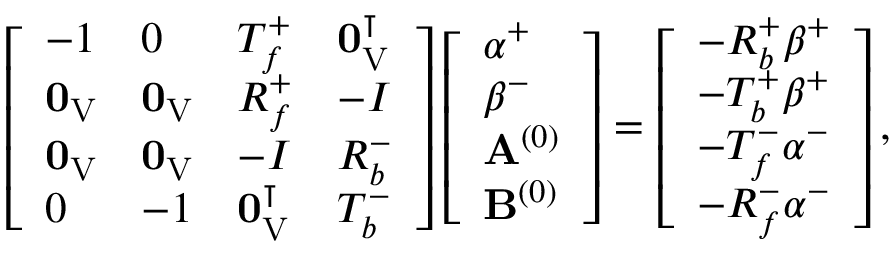
\left[ \begin{array} { l l l l } { - 1 } & { 0 } & { T _ { f } ^ { + } } & { \mathbf { 0 } _ { \mathrm { V } } ^ { \intercal } } \\ { \mathbf { 0 } _ { \mathrm { V } } } & { \mathbf { 0 } _ { \mathrm { V } } } & { R _ { f } ^ { + } } & { - I } \\ { \mathbf { 0 } _ { \mathrm { V } } } & { \mathbf { 0 } _ { \mathrm { V } } } & { - I } & { R _ { b } ^ { - } } \\ { 0 } & { - 1 } & { \mathbf { 0 } _ { \mathrm { V } } ^ { \intercal } } & { T _ { b } ^ { - } } \end{array} \right] \left[ \begin{array} { l } { \alpha ^ { + } } \\ { \beta ^ { - } } \\ { \mathbf { A } ^ { ( 0 ) } } \\ { \mathbf { B } ^ { ( 0 ) } } \end{array} \right] = \left[ \begin{array} { l } { - R _ { b } ^ { + } \beta ^ { + } } \\ { - T _ { b } ^ { + } \beta ^ { + } } \\ { - T _ { f } ^ { - } \alpha ^ { - } } \\ { - R _ { f } ^ { - } \alpha ^ { - } } \end{array} \right] ,